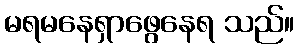
မရမနေရှာဖွေနေရ သည်။